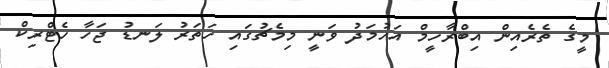
މީގެ ތެރެއިން އިބްރާހީމް އަހުމަދު ވަނީ މިމެޗުގައި ހަތަރު ލަނޑު ޖަހާ ހެޓްރިކް